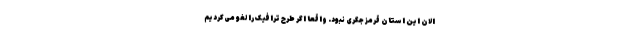
الان این استان قرمز جگری نبود. واقعا اگر طرح ترافیک را لغو می‌کردیم